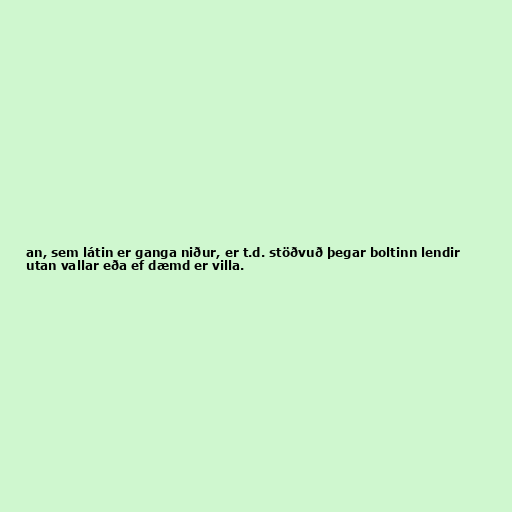
an, sem látin er ganga niður, er t.d. stöðvuð þegar boltinn lendir
utan vallar eða ef dæmd er villa.